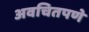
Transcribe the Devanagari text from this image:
अवचितपणे